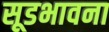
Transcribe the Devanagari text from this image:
सूडभावना